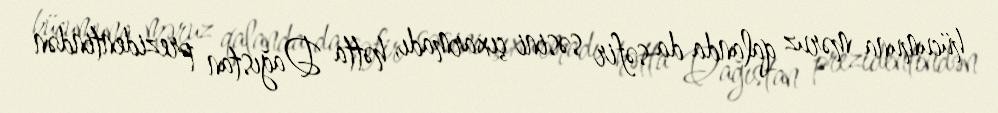
hücumuna məruz qalanda da səfir səsini çıxarmadı, hətta Dağıstan prezidentindən